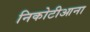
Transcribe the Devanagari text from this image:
निकोटीआना